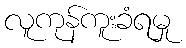
လူကုန်ကူးခံရမှု